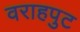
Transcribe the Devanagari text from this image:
वराहपुट